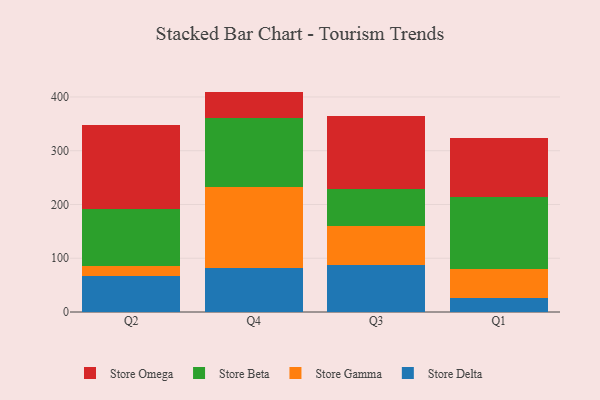
{"axis": {"x": "Quarter", "y": "Gross Profit (USD K)"}, "legend": ["Store Beta", "Store Delta", "Store Gamma", "Store Omega"], "data": [{"x": "Q2", "y": 67.8, "type": "Store Delta"}, {"x": "Q2", "y": 18.6, "type": "Store Gamma"}, {"x": "Q2", "y": 105.0, "type": "Store Beta"}, {"x": "Q2", "y": 156.1, "type": "Store Omega"}, {"x": "Q4", "y": 81.6, "type": "Store Delta"}, {"x": "Q4", "y": 151.0, "type": "Store Gamma"}, {"x": "Q4", "y": 128.0, "type": "Store Beta"}, {"x": "Q4", "y": 49.4, "type": "Store Omega"}, {"x": "Q3", "y": 88.0, "type": "Store Delta"}, {"x": "Q3", "y": 71.4, "type": "Store Gamma"}, {"x": "Q3", "y": 68.7, "type": "Store Beta"}, {"x": "Q3", "y": 136.6, "type": "Store Omega"}, {"x": "Q1", "y": 25.3, "type": "Store Delta"}, {"x": "Q1", "y": 55.3, "type": "Store Gamma"}, {"x": "Q1", "y": 132.6, "type": "Store Beta"}, {"x": "Q1", "y": 111.3, "type": "Store Omega"}]}